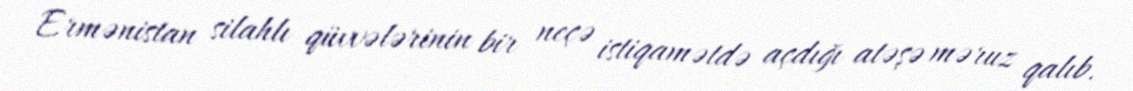
Ermənistan silahlı qüvvələrinin bir neçə istiqamətdə açdığı atəşə məruz qalıb.